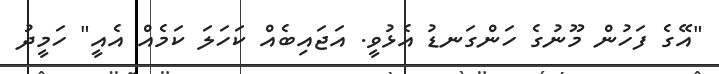
"އޭގެ ފަހުން މޫނުގެ ހަންގަނޑު އެޅުވީ. އަޖައިބެއް ކަހަލަ ކަމެއް އެއީ" ހަމީދު